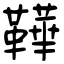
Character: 鞾